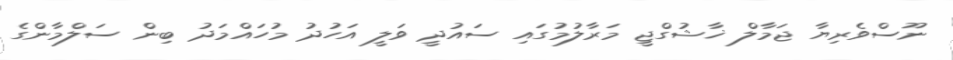
ނޫސްވެރިޔާ ޖަމާލް ޚާޝުގްޖީ މަރާލުމުގައި ސައުދީ ވަލީ އަހުދު މުހައްމަދު ބިން ސަލްމާންގެ